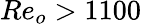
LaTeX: Re_{o}>1100